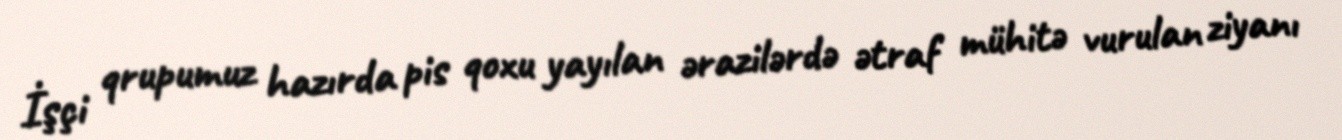
İşçi qrupumuz hazırda pis qoxu yayılan ərazilərdə ətraf mühitə vurulan ziyanı